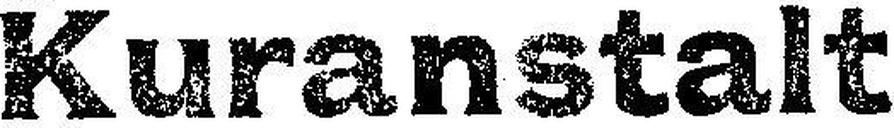
Kuranstalt